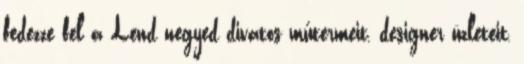
fedezze fel a Lend negyed divatos műtermeit, designer üzleteit,